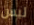
ليس